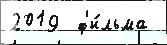
2019  ф'и́льма